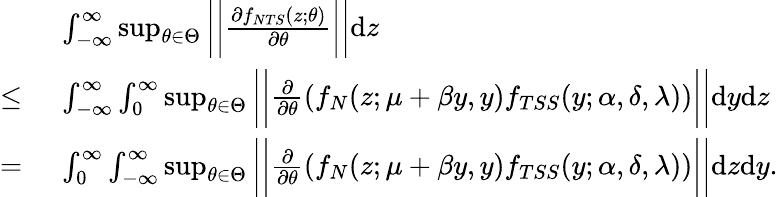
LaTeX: \begin{array}{rl}&{\ \int_{-\infty}^{\infty}\operatorname*{sup}_{\theta\in\Theta}\bigg|\bigg|\frac{\partial f_{NTS}(z;\theta)}{\partial\theta}\bigg|\bigg|\mathrm{d}z}\\ {\le}&{\ \int_{-\infty}^{\infty}\int_{0}^{\infty}\operatorname*{sup}_{\theta\in\Theta}\bigg|\bigg|\frac{\partial}{\partial\theta}\left(f_{N}(z;\mu+\beta y,y)f_{TSS}(y;\alpha,\delta,\lambda)\right)\bigg|\bigg|\mathrm{d}y\mathrm{d}z}\\ {=}&{\ \int_{0}^{\infty}\int_{-\infty}^{\infty}\operatorname*{sup}_{\theta\in\Theta}\bigg|\bigg|\frac{\partial}{\partial\theta}\left(f_{N}(z;\mu+\beta y,y)f_{TSS}(y;\alpha,\delta,\lambda)\right)\bigg|\bigg|\mathrm{d}z\mathrm{d}y.}\end{array}